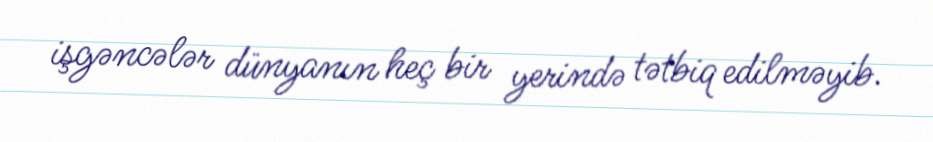
işgəncələr dünyanın heç bir yerində tətbiq edilməyib.